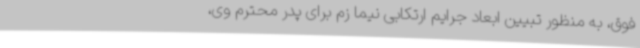
فوق، به منظور تبیین ابعاد جرایم ارتکابی نیما زم برای پدر محترم وی،